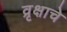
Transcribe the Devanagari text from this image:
व्रृक्षाचे